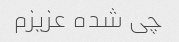
چی شده عزیزم